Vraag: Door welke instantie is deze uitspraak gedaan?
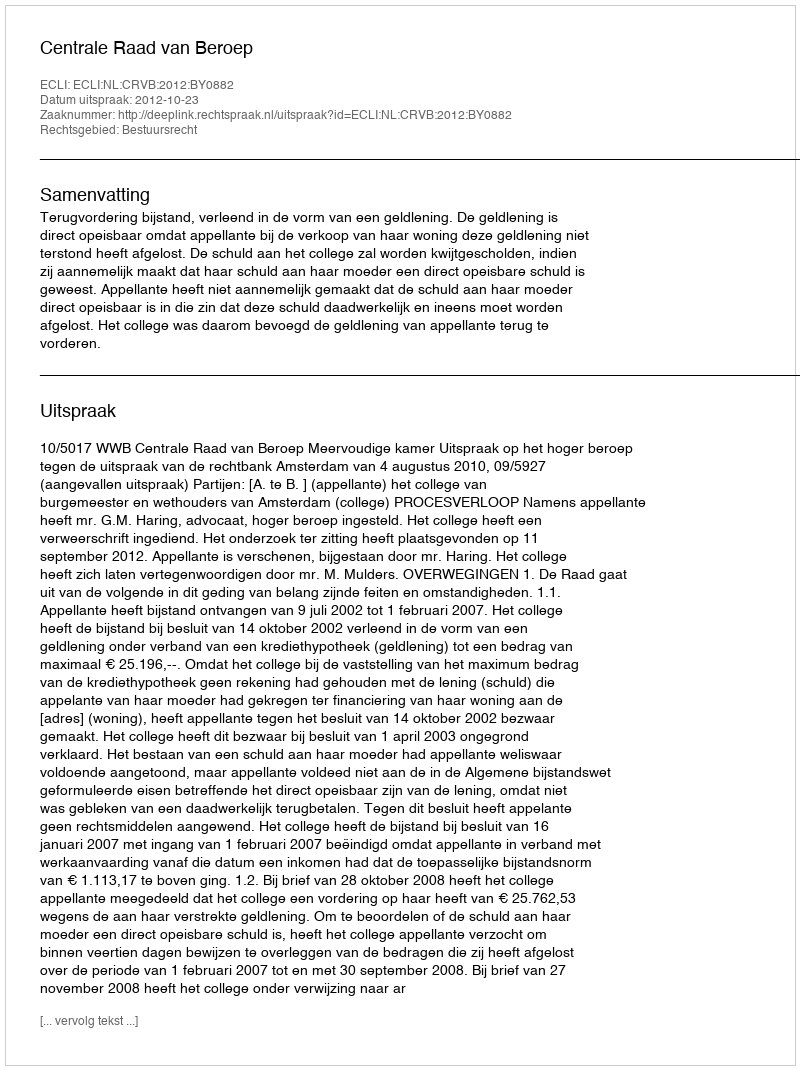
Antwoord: Centrale Raad van Beroep